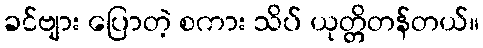
ခင်ဗျား ပြောတဲ့ စကား သိပ် ယုတ္တိတန်တယ်။